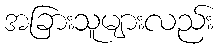
အခြားသူများလည်း